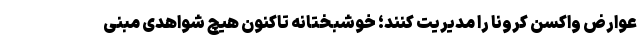
عوارض واکسن کرونا را مدیریت کنند؛ خوشبختانه تاکنون هیچ شواهدی مبنی